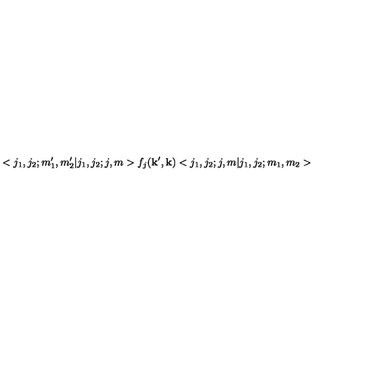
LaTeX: < j _ { 1 } , j _ { 2 } ; m _ { 1 } ^ { \prime } , m _ { 2 } ^ { \prime } | j _ { 1 } , j _ { 2 } ; j , m > f _ { j } ( { \bf k } ^ { \prime } , { \bf k } ) < j _ { 1 } , j _ { 2 } ; j , m | j _ { 1 } , j _ { 2 } ; m _ { 1 } , m _ { 2 } >